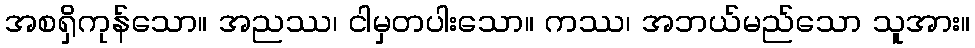
အစရှိကုန်သော။ အညဿ၊ ငါမှတပါးသော။ ကဿ၊ အဘယ်မည်သော သူအား။